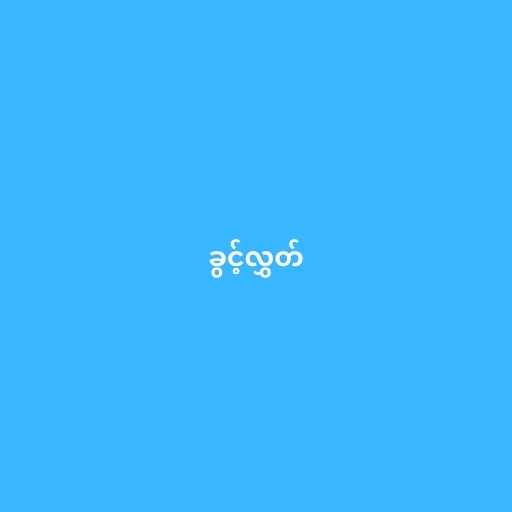
ခွင့်လွှတ်